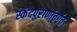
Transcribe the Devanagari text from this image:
स्कंदपुराणांतर्गत